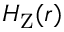
H _ { \mathrm { { Z } } } ( { \boldsymbol { r } } )